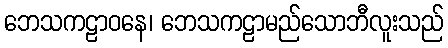
ဘေသကဠာဝနေ၊ ဘေသကဠာမည်သောဘီလူးသည်